Mental hospitals Bombay report 1929-33 - 1929-1933
Year: 1929
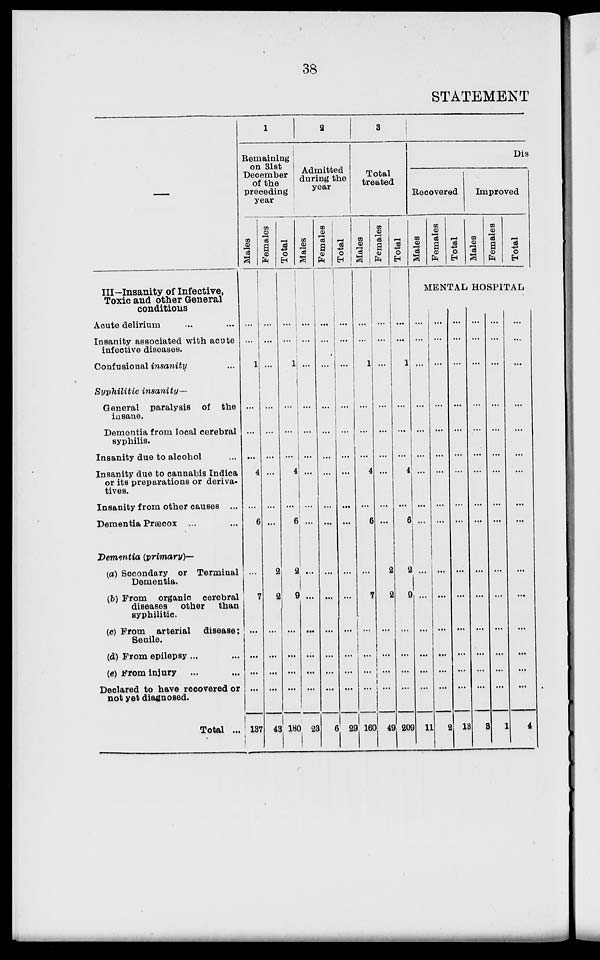
38
STATEMENT
III—Insanity of Infective,
Toxic and other General
conditions
Acute delirium ... ...
Insanity associated with acute
infective diseases.
Confusiona insanity ...
Syphilitic insanity—
General paralysis of the
insane.
Dementia from local cerebral
syphilis.
Insanity due to alcohol ...
Insanity due to cannabis Indica
or its preparations or deriva-
tives.
Insanity from other causes ...
Dementia Prsæcox ...
Dementia (primary)—
(a) Secondary or Terminal
Dementia.
(b) From organic cerebral
diseases other
than
syphilitic.
(c) From arterial disease;
Senile.
(d) From epilepsy ... ...
(e) From injury ... ...
Declared to have recovered or
not yet diagnosed.
Total ...
1
Remaining
on 31st
December
of the
preceding
year
Males
...
...
1
...
...
...
4
...
6
...
7
...
...
...
...
137
Females
...
...
...
...
...
...
...
...
...
2
2
...
...
...
...
43
Total
2
Admitted
during the
year
Males
Females
Total
...
...
1
...
...
...
4
...
6
2
9
...
...
...
...
180
...
...
...
...
...
...
...
...
...
...
...
...
...
...
...
23
...
...
...
...
...
...
...
...
...
...
...
...
...
...
...
6
...
...
...
...
...
...
...
...
...
...
...
...
...
...
...
29
3
Total
treated
Males
...
...
1
...
...
...
4
...
6
...
7
...
...
...
...
160
Females
...
...
...
...
...
...
...
...
...
2
2
...
...
...
...
49
Total
...
...
1
...
...
...
4
...
6
2
9
...
...
...
...
209
Dis
Recovered
Males
Females
Total
Improved
Males
Females
Total
MENTAL HOSPITAL
...
...
...
...
...
...
...
...
...
...
...
...
...
...
...
11
...
...
...
...
...
...
...
...
...
...
...
...
...
...
...
2
...
...
...
...
...
...
...
...
...
...
...
...
...
...
...
13
...
...
...
...
...
...
...
...
...
...
...
...
...
...
...
3
...
...
...
...
...
...
...
...
...
...
...
...
...
...
...
1
...
...
...
...
...
...
...
...
...
...
...
...
...
...
...
4